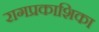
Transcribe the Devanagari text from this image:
रागप्रकाशिका